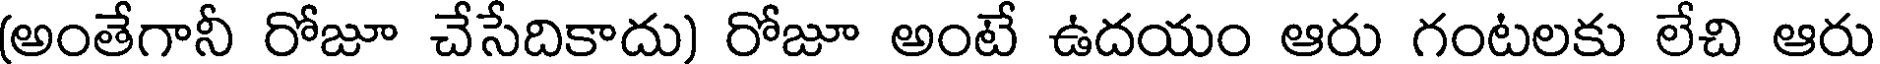
(అంతేగానీ రోజూ చేసేదికాదు) రోజూ అంటే ఉదయం ఆరు గంటలకు లేచి ఆరు